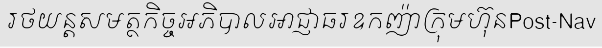
រថយន្តសមត្ថកិច្ចអភិបាលអាជ្ញាធរឧកញ៉ាក្រុមហ៊ុនPost-Nav